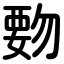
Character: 覅